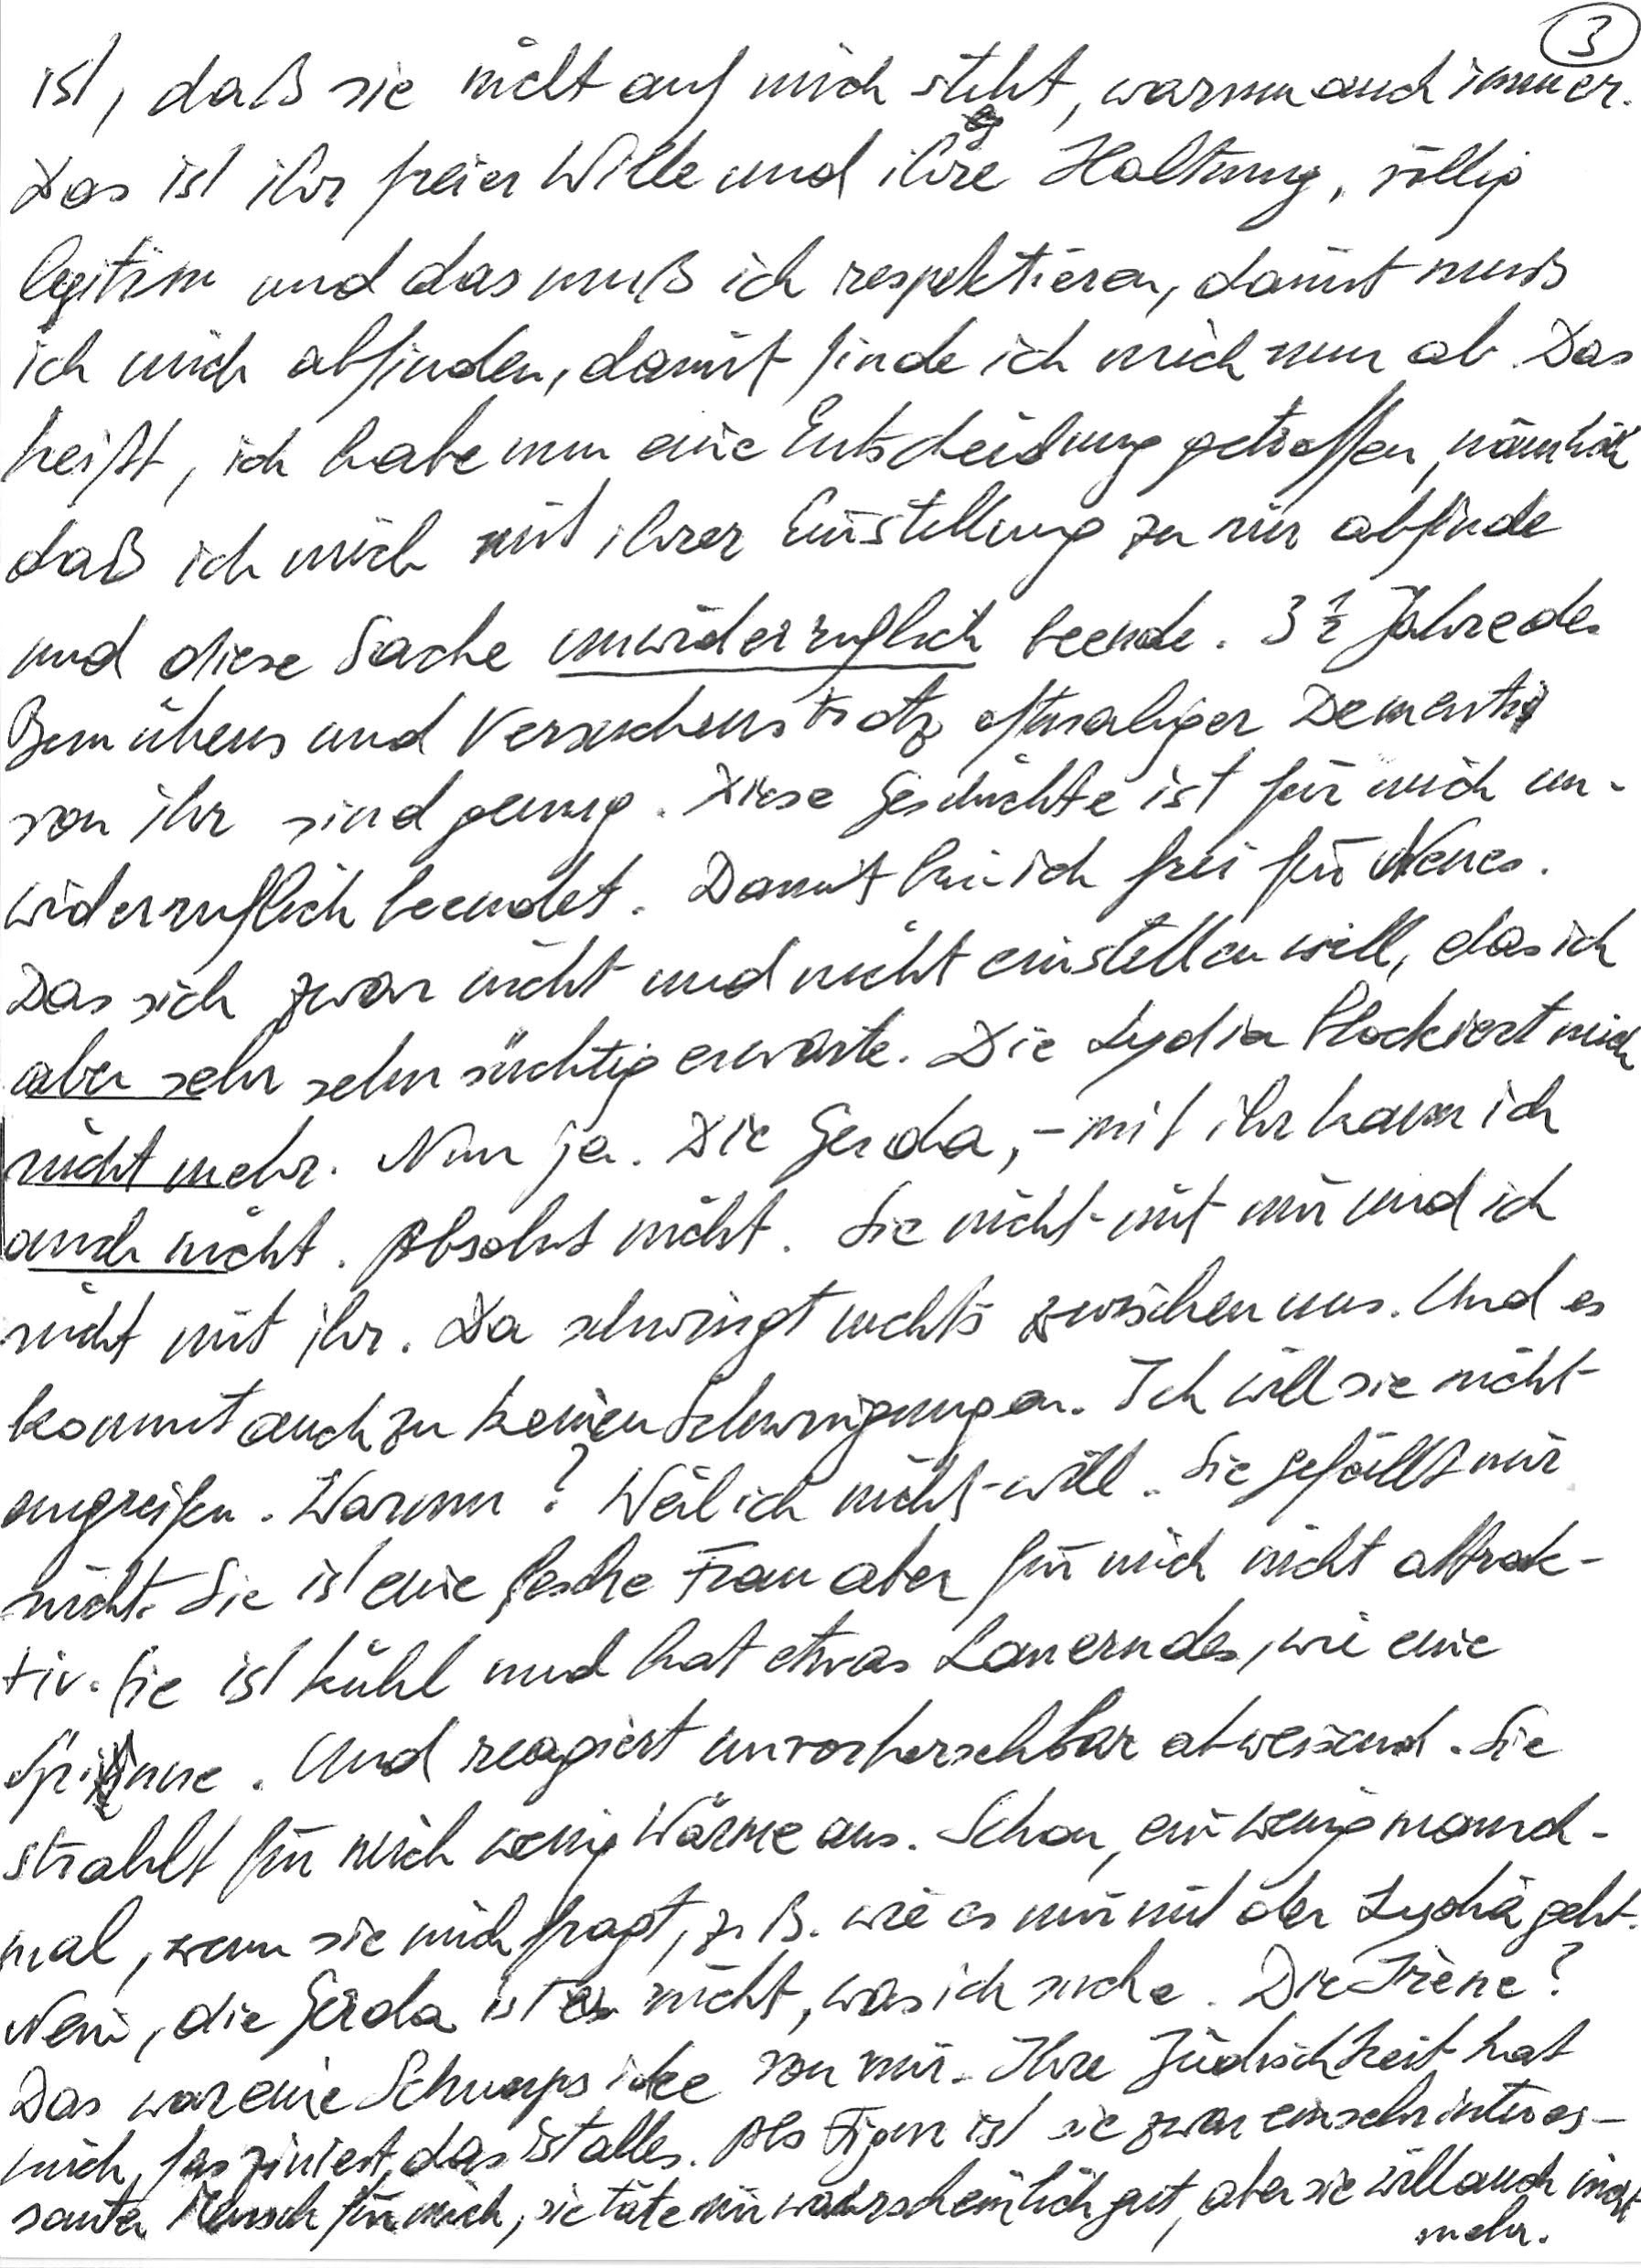
ist, daß sie nicht auf mich steht, warum auch immer.
Das ist ihr freier Wille und ihre Haltung, völlig
legitim und das muß ich respektieren, damit muß
ich mich abfinden, damit finde ich mich nun ab. Das
heißt, ich habe nun eine Entscheidung getroffen, nämlich
daß ich mich mit ihrer Einstellung zu mir abfinde
und diese Sache unwiderruflich beende. 3 ½ Jahre des
Bemühens und Versuchens trotz oftmaliger Absagen
von ihr sind genug. Diese Geschichte ist für mich un-
widerruflich beendet. Damit bin ich frei für Neues.
Das sich zwar nicht und nicht einstellen will, das ich
aber sehr sehnsüchtig erwarte. Die Lydia blockiert mich
nicht mehr. Nun ja. Die Gerda, – mit ihr kann ich
auch nicht. Absolut nicht. Sie nicht mit mir und ich
nicht mit ihr. Da schwingt nichts zwischen uns. Und es
kommt auch zu keinen Schwingungen. Ich will sie nicht
angreifen. Warum? Weil ich nicht will. Sie gefällt mir
nicht. Sie ist eine fesche Frau aber für mich nicht attrak-
tiv. Sie ist kühl und hat etwas Lauerndes, wie eine
Spinne. Und reagiert unvorhersehbar abweisend. Sie
strahlt für mich wenig Wärme aus. Schon, ein wenig manch-
mal, wenn sie mich fragt, z. B. wie es mir mit der Lydia geht.
Nein, die Gerda ist nicht, was ich suche. Die Irène?
Das war eine Schnapsidee von mir. Ihre Jüdischkeit hat
mich fasziniert, das ist alles. Als Figur ist sie zwar ein sehr interes-
santer Mensch für mich, sie täte mir wahrscheinlich gut, aber sie will auch nicht
mehr.